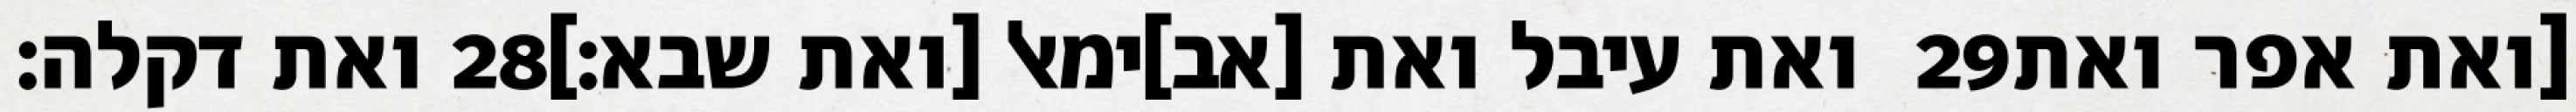
ואת דקלה׃ ‎28‏ ואת עיבל ואת [אב]ימאל [ואת שבא׃] ‎29‏ [ואת אפר ואת